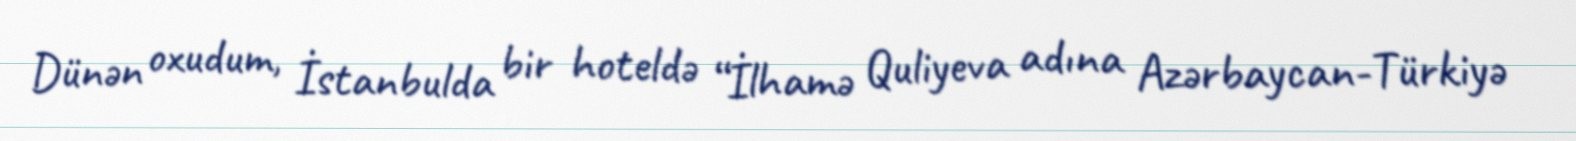
Dünən oxudum, İstanbulda bir hoteldə “İlhamə Quliyeva adına Azərbaycan-Türkiyə